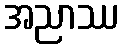
အညာဿ